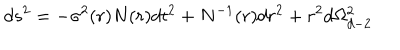
d s ^ { 2 } = - \sigma ^ { 2 } ( r ) N ( r ) d t ^ { 2 } + N ^ { - 1 } ( r ) d r ^ { 2 } + r ^ { 2 } d \Omega _ { d - 2 } ^ { 2 }